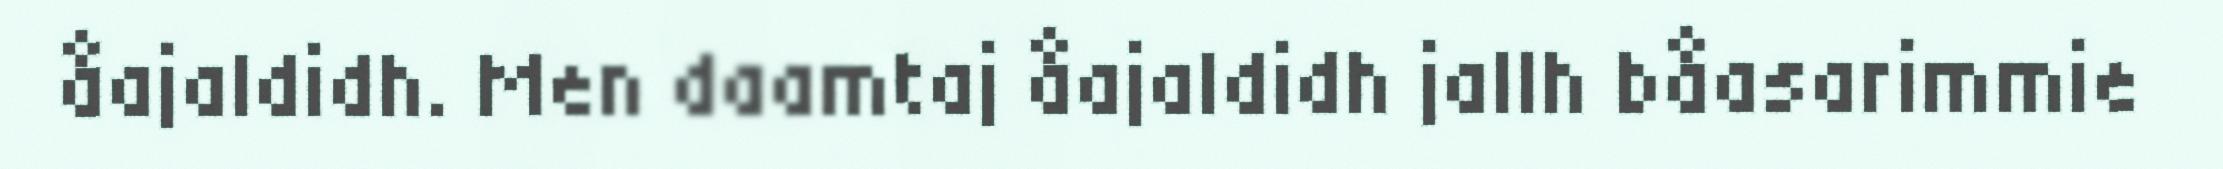
åajaldidh. Men daamtaj åajaldidh jallh båasarimmie